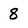
Character: 8